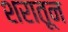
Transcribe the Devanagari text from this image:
शरातून